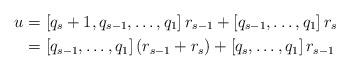
LaTeX: \begin{align*}u &= \left[ q_s + 1, q_{s-1}, \ldots, q_1 \right] r_{s-1} + \left[ q_{s-1}, \ldots, q_1 \right] r_s\\&= \left[ q_{s-1}, \ldots, q_1 \right] \left( r_{s-1} + r_s \right) + \left[ q_{s}, \ldots, q_1 \right] r_{s-1}\end{align*}